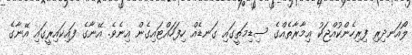
ލޯއަނދިރި ފިރިހެންކުއްޖަކު ޢިމާރާތެއްގެ ސިޑިމަތީގައި ގަނޑެއް ހިފަހައްޓައިގެން އިނެވެ. އޭނާގެ ފައިކައިރީގައި އޭނާގެ